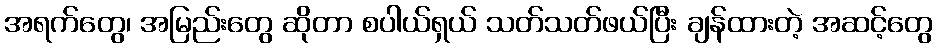
အရက်တွေ၊ အမြည်းတွေ ဆိုတာ စပါယ်ရှယ် သတ်သတ်ဖယ်ပြီး ချန်ထားတဲ့ အဆင့်တွေ